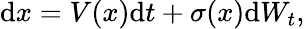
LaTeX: \mathrm{d}x=V(x)\mathrm{d}t+\sigma(x)\mathrm{d}W_{t},